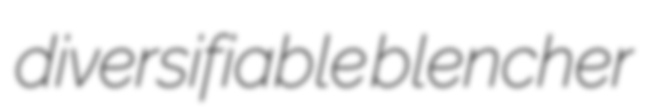
diversifiable blencher